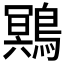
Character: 𲍤